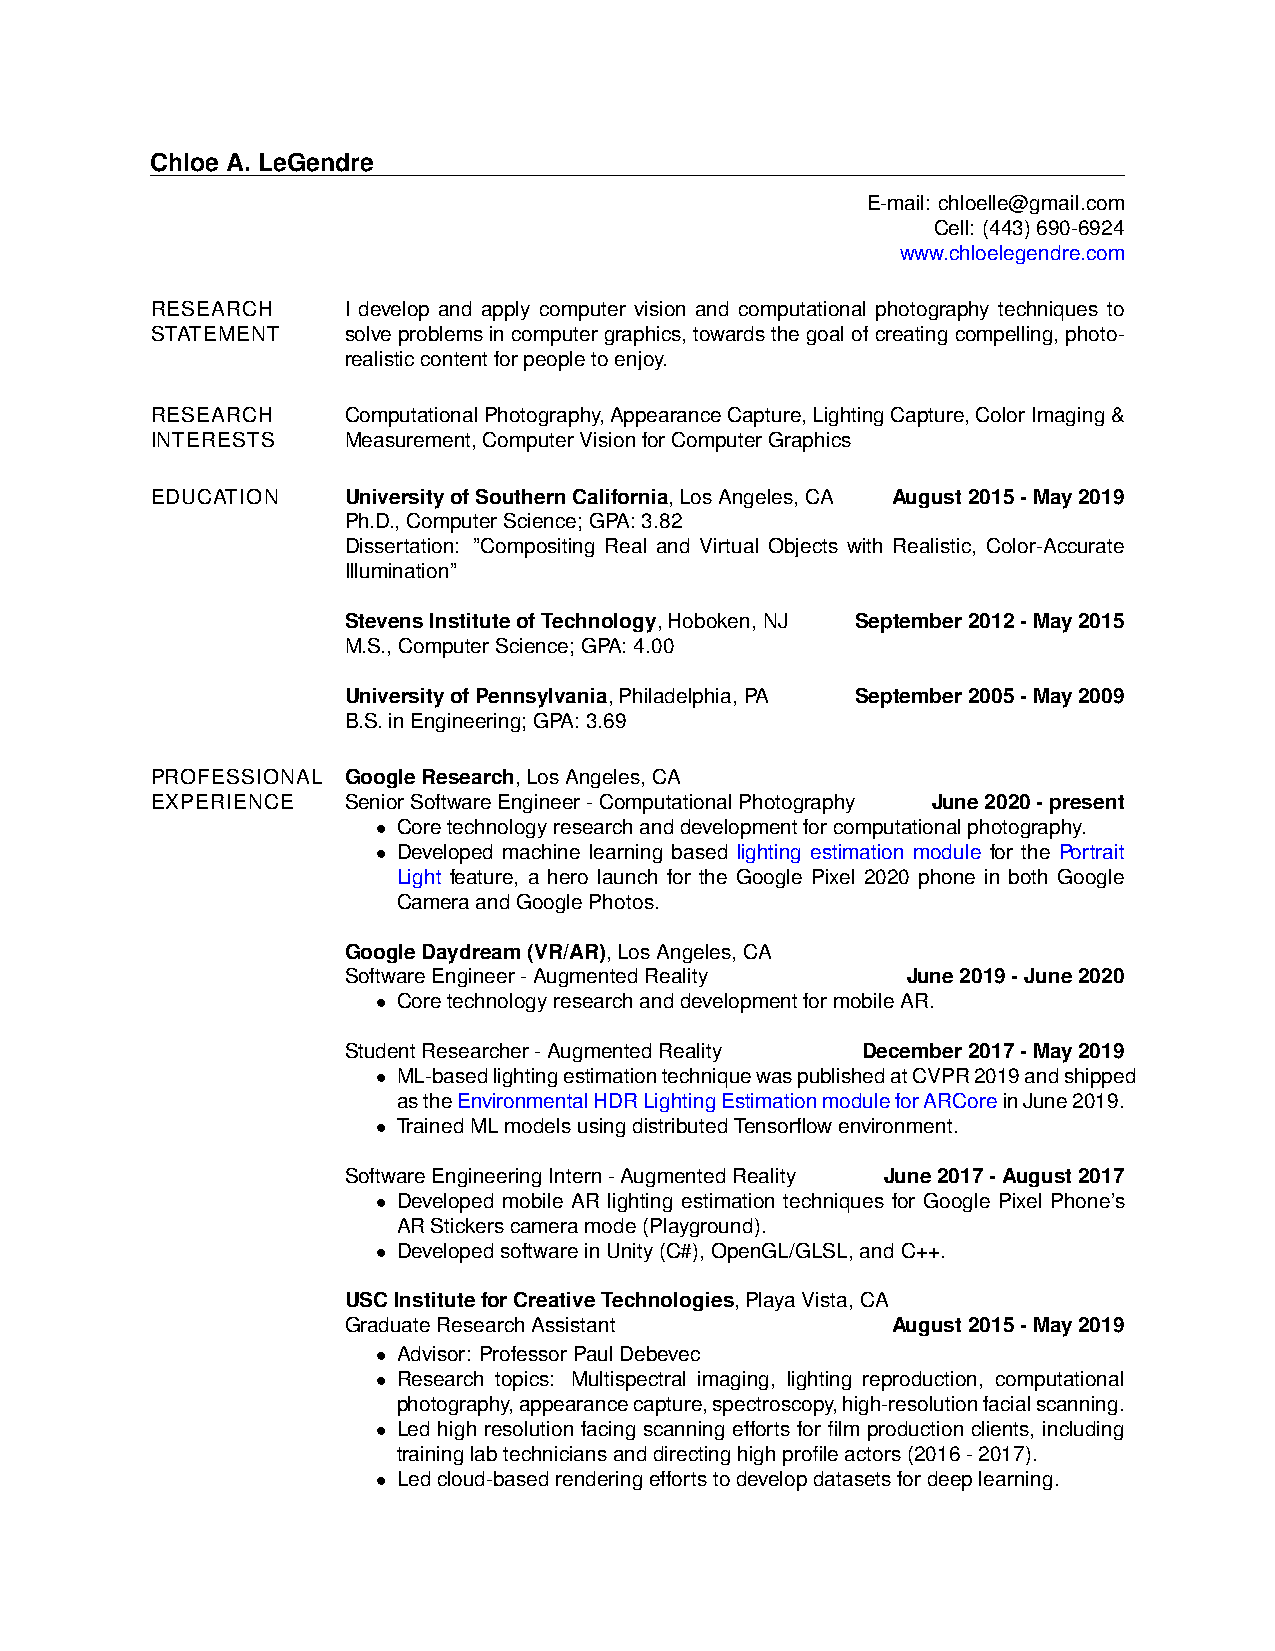
Chloe A. LeGendre
 E-mail: chloelle@gmail.com
 Cell: (443)690-6924
 www.chloelegendre.com
 RESEARCH     I develop and apply computer vision and computational photography techniques to
 STATEMENT    solveproblemsincomputergraphics,towardsthegoalofcreatingcompelling,photo-
 realisticcontentforpeopletoenjoy.
 RESEARCH     ComputationalPhotography,AppearanceCapture,LightingCapture,ColorImaging&
 INTERESTS    Measurement,ComputerVisionforComputerGraphics
 EDUCATION    UniversityofSouthernCalifornia,LosAngeles,CA August2015-May2019
 Ph.D.,ComputerScience;GPA:3.82
 Dissertation: ”Compositing Real and Virtual Objects with Realistic, Color-Accurate
 Illumination”
 StevensInstituteofTechnology,Hoboken,NJ September2012-May2015
 M.S.,ComputerScience;GPA:4.00
 UniversityofPennsylvania,Philadelphia,PA September2005-May2009
 B.S.inEngineering;GPA:3.69
 PROFESSIONAL GoogleResearch,LosAngeles,CA
 EXPERIENCE   SeniorSoftwareEngineer-ComputationalPhotography June2020-present
 • Coretechnologyresearchanddevelopmentforcomputationalphotography.
 • Developed machine learning based lighting estimation module for the Portrait
 Light feature, a hero launch for the Google Pixel 2020 phone in both Google
 CameraandGooglePhotos.
 GoogleDaydream(VR/AR),LosAngeles,CA
 SoftwareEngineer-AugmentedReality    June2019-June2020
 • CoretechnologyresearchanddevelopmentformobileAR.
 StudentResearcher-AugmentedReality December2017-May2019
 • ML-basedlightingestimationtechniquewaspublishedatCVPR2019andshipped
 astheEnvironmentalHDRLightingEstimationmoduleforARCoreinJune2019.
 • TrainedMLmodelsusingdistributedTensorflowenvironment.
 SoftwareEngineeringIntern-AugmentedReality June2017-August2017
 • Developed mobile AR lighting estimation techniques for Google Pixel Phone’s
 ARStickerscameramode(Playground).
 • DevelopedsoftwareinUnity(C#),OpenGL/GLSL,andC++.
 USCInstituteforCreativeTechnologies,PlayaVista,CA
 GraduateResearchAssistant           August2015-May2019
 • Advisor: ProfessorPaulDebevec
 • Research topics: Multispectral imaging, lighting reproduction, computational
 photography,appearancecapture,spectroscopy,high-resolutionfacialscanning.
 • Led high resolution facing scanning efforts for film production clients, including
 traininglabtechniciansanddirectinghighprofileactors(2016-2017).
 • Ledcloud-basedrenderingeffortstodevelopdatasetsfordeeplearning.